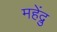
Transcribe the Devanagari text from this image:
महेंद्रु